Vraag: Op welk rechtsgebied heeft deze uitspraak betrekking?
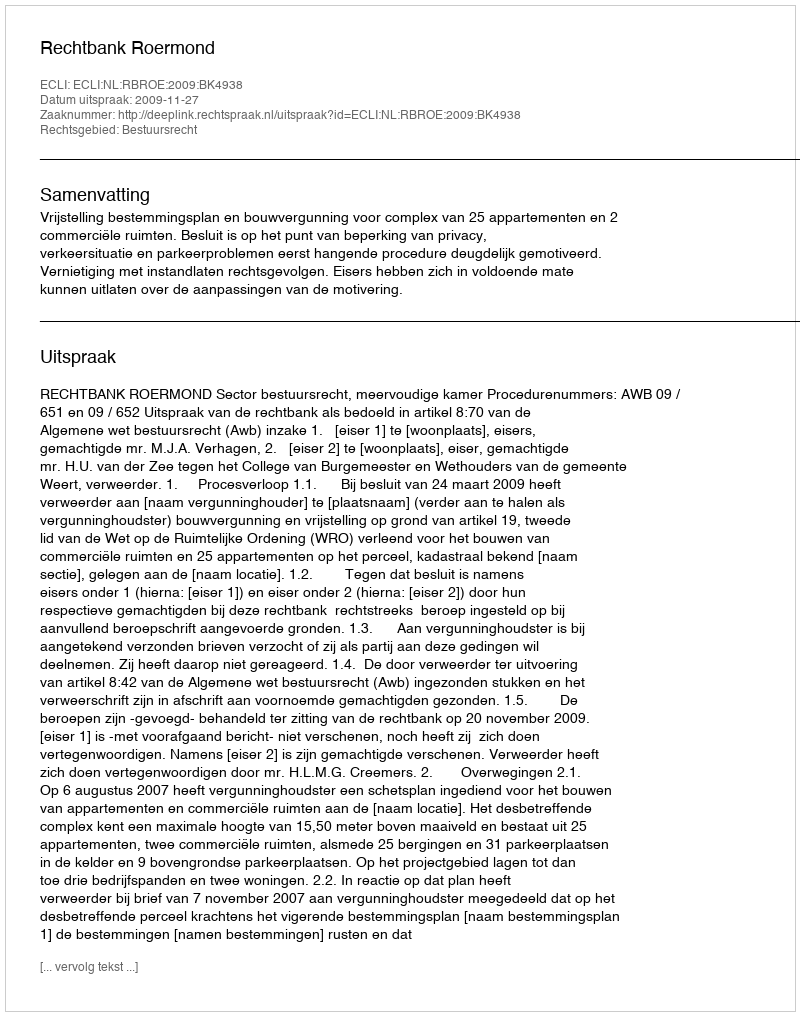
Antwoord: Bestuursrecht